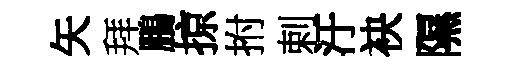
矢拜鵬掠拊剌汙袂隰